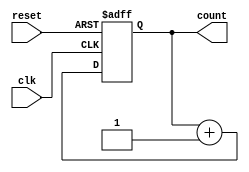
// Quartus Prime Verilog Template
// Binary counter

module binary_counter
#(parameter WIDTH=4)
(
	input clk, reset,
	output reg [WIDTH-1:0] count
);

	// Reset if needed, or increment
	always @ (posedge clk or posedge reset)
	begin
		if (reset)
			count <= 0;
		else
			count <= count + 1;
	end

endmodule

module PR7 //Simple PWM
#(parameter PWM_WIDTH=4)
(
	input clk, reset,
	input [PWM_WIDTH-1:0] imp_width,
	output pwm_out
);
	wire [PWM_WIDTH-1:0] cnt;

	binary_counter counter (.clk(clk), .reset(reset), .count(cnt));
	assign pwm_out = (imp_width > cnt) ? 1'b1 : 1'b0;

endmodule